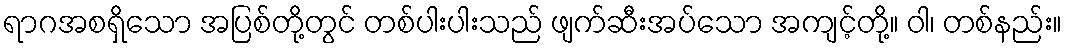
ရာဂအစရှိသော အပြစ်တို့တွင် တစ်ပါးပါးသည် ဖျက်ဆီးအပ်သော အကျင့်တို့။ ဝါ၊ တစ်နည်း။